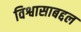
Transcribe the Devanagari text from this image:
विश्वासाबद्दल